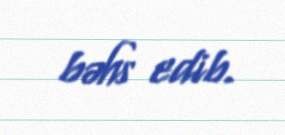
bəhs edib.